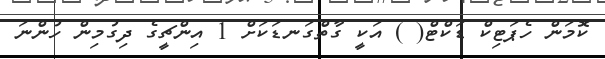
ކޮމަން ހެޕަޓިކް ޑަކްޓް( ) އަކީ ގާތްގަނޑަކަށް 1 އިންޗީގެ ދިގުމިން ހުންނަ